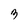
Character: 3